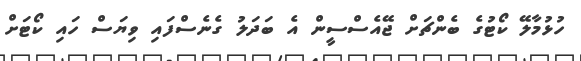
ހުޅުމާލޭ ކޯޓުގެ ބެންޗަށް ޖޭއެސްސީން އެ ބަދަލު ގެނެސްފައި ވިޔަސް ހައި ކޯޓަށް